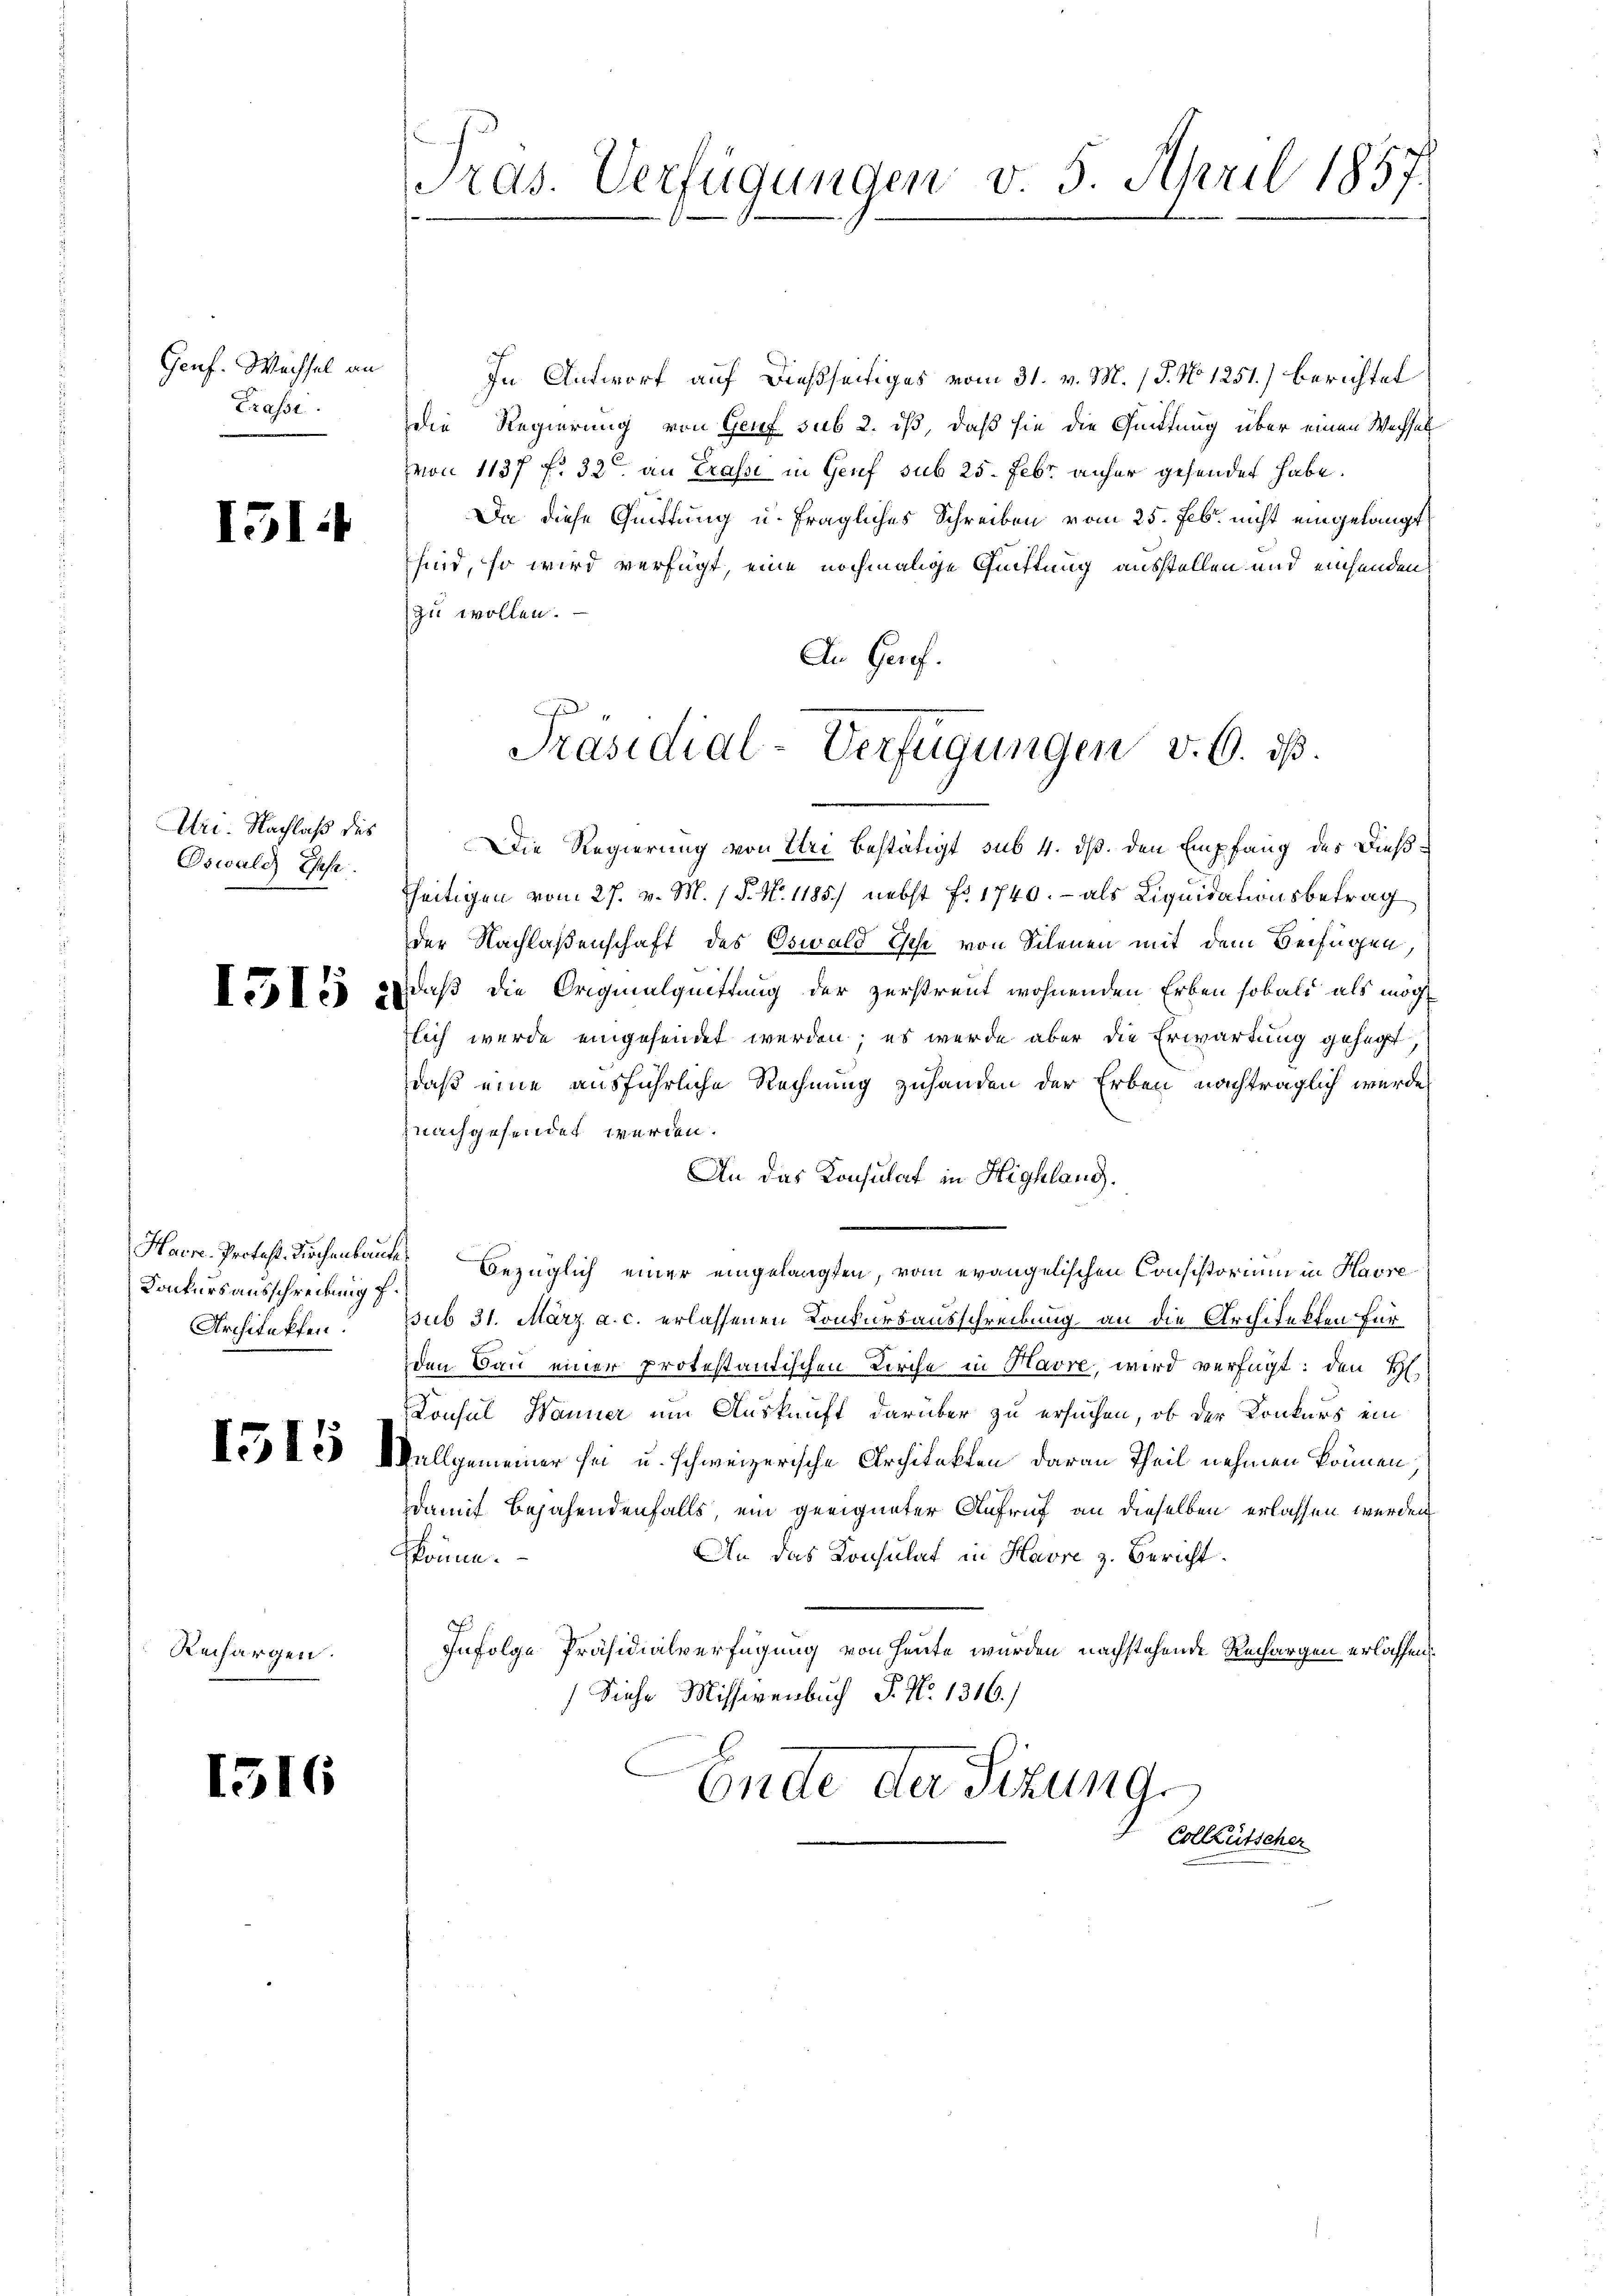
Genf. Wechsel an
Frasse.

I51:

Uri. Nachlaß des
Oswald Ehehe.

1515 à

Konkursausschreibung f.
Architekten.

In Antwort auf dießseitiges vom 31. v. M. 18. No 1251) berichtet
die Regierung von Genf sub 2. iß, daß sie die Quittung über einen Wechsel
von 1137 f. 32 an Trasse in Genf sub 25. Febr. anher gesendet habe.
Da diese Quittung u. fragliches Schreiben vom 25. Febr. nicht eingelangt,
sind, so wird verfügt, eine nochmalige Quittung ausstellen und einsenden
zu wollen.
An Gerof.
Die Regierung von Uri bestätigt sub 4. dß. den Empfang des Dießtseitigen vom 27. v. M. 1 P. N. 1185. nebst fr. 1740. - als Liquidationsbetrag
der Nachlaßenschaft des Oswald Esche von Schenen mit dem Beifügen,
daß die Originalquittung der zerstreut wohnenden Erben sobald als möcht
zlich wurde eingesendet werden; es werde aber die Erwartung gehegt
daß eine ausführliche Rechnung zuhanden der Erben nachträglich wurde
nachgesendet werden.
An das Konsulat in Highland.
Haere Protest. Kirchenbaute. Bezüglich einer eingelangten, vom evangelischen Consistorium in Havre
ssub 31. März a. c. erlassenen Konkursausschreibung an die Architekten für
den Bau einer protestantischen Kirche in Havre, wird verfügt: den H.
Konsul Wanner um Auskunft darüber zu ersuchen, ob der Konkurs ein
A des Wallgemeiner sei u. schweizerische Architekten daran Theil nehmen können
damit Bejahendenfalls, ein geeigneter Aufruf an dieselben erlassen werden
An das Konsulat in Havre z. Bericht
könne.
.
Infolge Präsidialverfügung von Heute wurden nachstehende Rechargen erlassen.
Siehe Missivenbuch P. N. 1316.
Ende da Sizung
Colleütscher

Rechargen.

1516

Pras. Verfügungen v. 5. April 1857.

Präsidial-Verfügungen v. 6. ds.